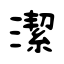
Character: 潔